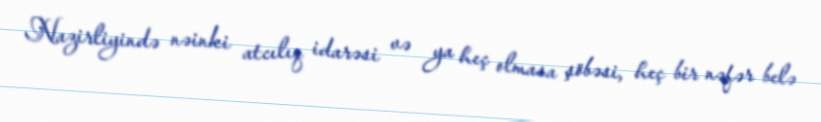
Nazirliyində nəinki atcılıq idarəsi və ya heç olmasa şöbəsi, heç bir nəfər belə